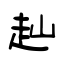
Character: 赸